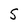
Character: S